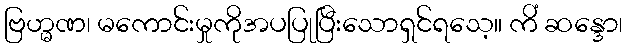
ဗြဟ္မဏ၊ မကောင်းမှုကိုအပပြုပြီးသောရှင်ရသေ့။ ကိံ ဆန္ဒော၊